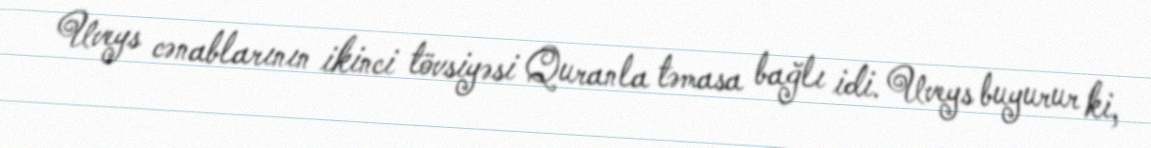
Uveys cənablarının ikinci tövsiyəsi Quranla təmasa bağlı idi. Uveys buyurur ki,